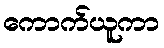
ကောက်ယူကာ